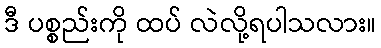
ဒီ ပစ္စည်းကို ထပ် လဲလို့ရပါသလား။